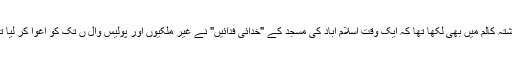
گذشتہ کالم میں بھی لکھا تھا کہ ایک وقت اسلام آباد کی مسجد کے "خدائی فدائیں" نے غیر ملکیوں اور پولیس وال ں تک کو اغوا کر لیا تھا۔